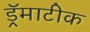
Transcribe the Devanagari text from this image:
ड्रॅमाटीक